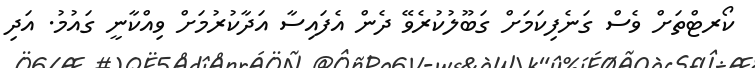
ކޯރޓްތަށް ވެސް ގަނެފިކަމަށް ގަބޫލުކުރެވޭ ދެން އެފައިސާ އަދާކުރުމަށް ވިއްކާނީ ގައުމު. އަދި